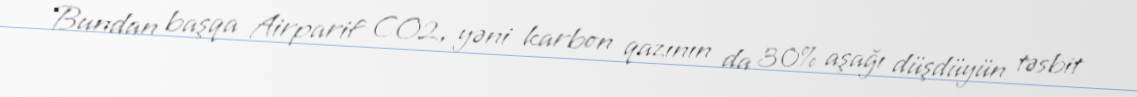
Bundan başqa Airparif CO2, yəni karbon qazının da 30% aşağı düşdüyün təsbit